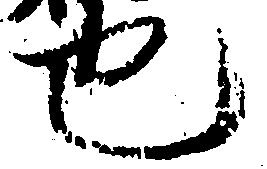
也